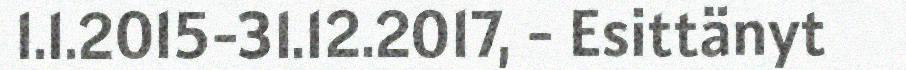
1.1.2015-31.12.2017, - Esittänyt